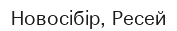
Новосібір, Ресей